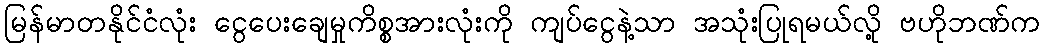
မြန်မာတနိုင်ငံလုံး ငွေပေးချေမှုကိစ္စအားလုံးကို ကျပ်ငွေနဲ့သာ အသုံးပြုရမယ်လို့ ဗဟိုဘဏ်က